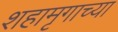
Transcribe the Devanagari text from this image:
शहामृगाच्या